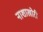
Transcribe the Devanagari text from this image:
नाशाखोरी